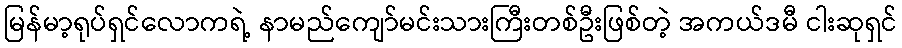
မြန်မာ့ရုပ်ရှင်လောကရဲ့ နာမည်ကျော်မင်းသားကြီးတစ်ဦးဖြစ်တဲ့ အကယ်ဒမီ ငါးဆုရှင်